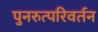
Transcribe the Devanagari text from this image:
पुनरुत्परिवर्तन